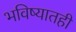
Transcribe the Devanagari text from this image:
भविष्यातही